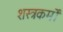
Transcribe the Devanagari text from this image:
शस्त्रकर्मों